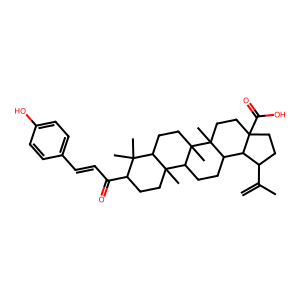
SMILES: C=C(C)C1CCC2(C(=O)O)CCC3(C)C(CCC4C5(C)CCC(C(=O)C=Cc6ccc(O)cc6)C(C)(C)C5CCC43C)C12
Inhibits HIV replication: No